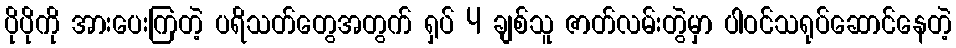
ပိုပိုကို အားပေးကြတဲ့ ပရိသတ်တွေအတွက် ရှပ် 4 ချစ်သူ ဇာတ်လမ်းတွဲမှာ ပါဝင်သရုပ်ဆောင်နေတဲ့